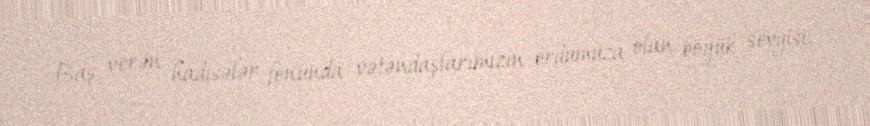
Baş verən hadisələr fonunda vətəndaşlarımızın ordumuza olan böyük sevgisi,